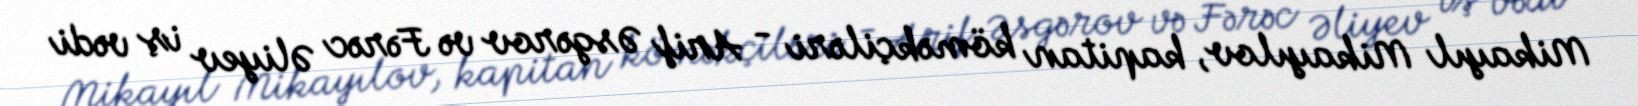
Mikayıl Mikayılov, kapitan köməkçiləri - Arif Əsgərov və Fərəc Əliyev iş vədi